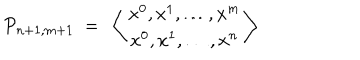
LaTeX: { \cal P } _ { n + 1 , m + 1 } \ = \ \left\langle \begin{array} { c } { { x ^ { 0 } , x ^ { 1 } , \dots , x ^ { m } } } \\ { { x ^ { 0 } , x ^ { 1 } , \dots , x ^ { n } } } \\ \end{array} \right\rangle